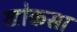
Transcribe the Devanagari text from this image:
खोकसा